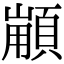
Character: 𩓼